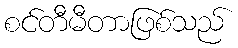
စင်တီမီတာဖြစ်သည်